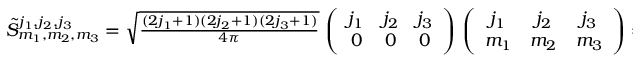
\begin{array} { r } { \tilde { S } _ { m _ { 1 } , m _ { 2 } , m _ { 3 } } ^ { j _ { 1 } , j _ { 2 } , j _ { 3 } } = \sqrt { \frac { ( 2 j _ { 1 } + 1 ) ( 2 j _ { 2 } + 1 ) ( 2 j _ { 3 } + 1 ) } { 4 \pi } } \, \left( \begin{array} { c c c } { j _ { 1 } } & { j _ { 2 } } & { j _ { 3 } } \\ { 0 } & { 0 } & { 0 } \end{array} \right) \, \left( \begin{array} { c c c } { j _ { 1 } } & { j _ { 2 } } & { j _ { 3 } } \\ { m _ { 1 } } & { m _ { 2 } } & { m _ { 3 } } \end{array} \right) = : \sqrt { \frac { ( 2 j _ { 3 } + 1 ) } { 4 \pi } } S _ { m _ { 1 } , m _ { 2 } , m _ { 3 } } ^ { j _ { 1 } , j _ { 2 } , j _ { 3 } } } \end{array}